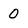
Character: 0